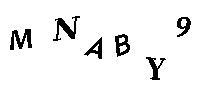
MNABY9